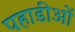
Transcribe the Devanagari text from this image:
पहाडीओं